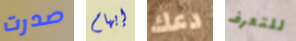
صدرت إبهام دعك للتعرف